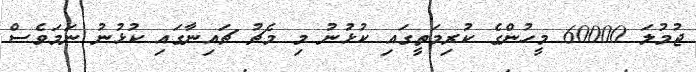
ޖުމުލަ 60000 މީހުންގެ ކުރިމަތީގައި ކުޅުނު މި މެޗު ޗައިނާގައި ކުޅުނު ނަމަވެސް